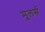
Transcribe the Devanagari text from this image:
मूलर्स